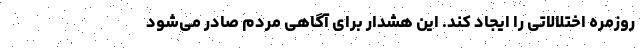
روزمره اختلالاتی را ایجاد کند. این هشدار برای آگاهی مردم صادر می‌شود